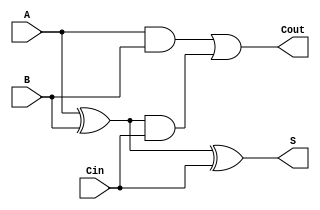
module FullAdder1 (
    input A,
    input B,
    input Cin,//input carry 
    output S,// sum 
    output Cout//out carry
	
	
    );
			//elements can be used as output within an actual module declaration, But elements cannot be connected to the output port of a module instantiation
			reg S, Cout;	
			
					
					//describe events that should happen under
					
										 always @(*)
						begin
							S = A ^ B ^ Cin;
							Cout = A&B | (A^B) & Cin; // or => Cout = A&B | A&Cin | B&Cin;
						end

   

endmodule